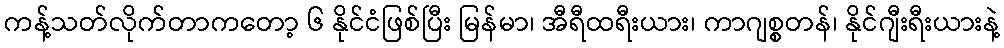
ကန့်သတ်လိုက်တာကတော့ ၆ နိုင်ငံဖြစ်ပြီး မြန်မာ၊ အီရီထရီးယား၊ ကာဂျစ္စတန်၊ နိုင်ဂျီးရီးယားနဲ့